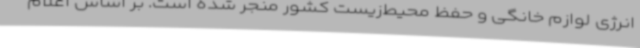
انرژی لوازم خانگی و حفظ محیط‌زیست کشور منجر شده است. بر اساس اعلام